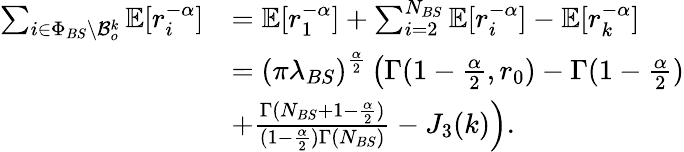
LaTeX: \begin{array}{rl}{\sum_{i\in\Phi_{BS}\backslash\mathcal{B}_{o}^{k}}\mathbb{E}[r_{i}^{-\alpha}]}&{=\mathbb{E}[r_{1}^{-\alpha}]+\sum_{i=2}^{N_{BS}}\mathbb{E}[r_{i}^{-\alpha}]-\mathbb{E}[r_{k}^{-\alpha}]}\\ &{=\left(\pi\lambda_{BS}\right)^{\frac{\alpha}{2}}\left(\Gamma(1-\frac{\alpha}{2},r_{0})-{\Gamma(1-\frac{\alpha}{2})}\right.}\\ &{\left.+\frac{\Gamma(N_{BS}+1-\frac{\alpha}{2})}{(1-\frac{\alpha}{2})\Gamma(N_{BS})}-J_{3}(k)\right).}\end{array}